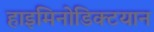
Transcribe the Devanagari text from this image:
हाइमिनोडिक्टयान